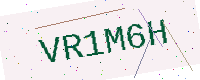
Text: VR1M6H